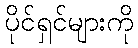
ပိုင်ရှင်များကို